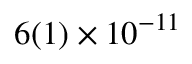
6 ( 1 ) \times 1 0 ^ { - 1 1 }